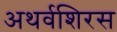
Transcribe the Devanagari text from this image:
अथर्वशिरस